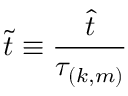
\tilde { t } \equiv \frac { \hat { t } } { \tau _ { ( k , m ) } }